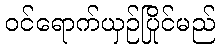
ဝင်ရောက်ယှဉ်ပြိုင်မည်